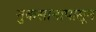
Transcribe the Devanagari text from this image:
नुकसानापासून